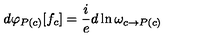
d \varphi _ { P ( c ) } [ f _ { c } ] = \frac { i } { e } d \ln \omega _ { c \rightarrow P ( c ) }